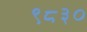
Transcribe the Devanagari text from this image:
९८३०